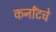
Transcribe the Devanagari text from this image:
कर्नॉटचे